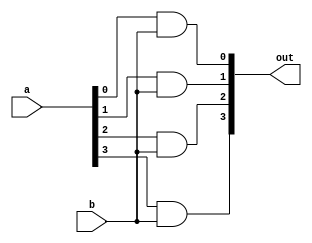
module MUL_unit(a, b, out);
	input [3:0]a;
	input b;
	output [3:0]out;
	
	and(out[0], a[0], b);
	and(out[1], a[1], b);
	and(out[2], a[2], b);
	and(out[3], a[3], b);
endmodule